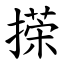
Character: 㨲